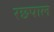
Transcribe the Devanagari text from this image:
रछपाल